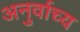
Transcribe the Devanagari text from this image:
अनुर्वाच्य